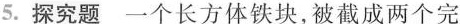
5.探究题一个长方体铁块，被截成两个完